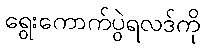
ရွေးကောက်ပွဲရလဒ်ကို